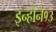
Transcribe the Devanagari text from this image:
इन्होंने१३